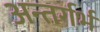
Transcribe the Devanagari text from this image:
अन्तर्गर्भ